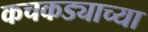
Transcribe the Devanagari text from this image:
कचकड्याच्या